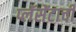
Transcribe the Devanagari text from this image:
प्लॅसेंटाची